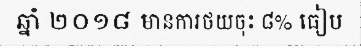
ឆ្នាំ ២០១៨ មានការថយចុះ ៨% ធៀប